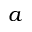
a